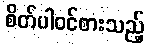
စိတ်ပါဝင်စားသည့်